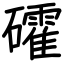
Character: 礭